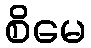
စိမေ